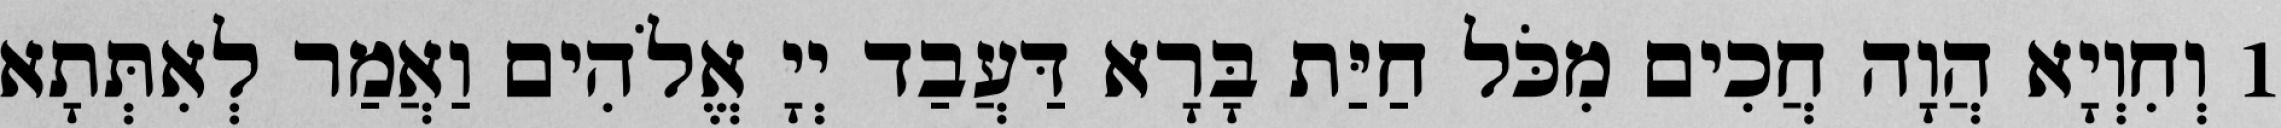
1 וְחִוְיָא הֲוָה חֲכִים מִכֹּל חַיַּת בָּרָא דַּעֲבַד יְיָ אֱלֹהִים וַאֲמַר לְאִתְּתָא